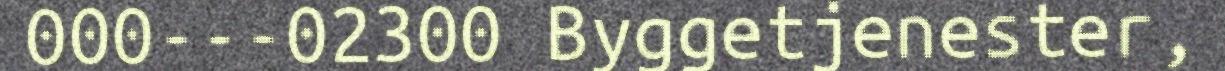
000---02300 Byggetjenester,